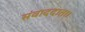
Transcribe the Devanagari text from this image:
संवाददाता।